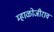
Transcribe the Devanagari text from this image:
म्हाळोजीराव